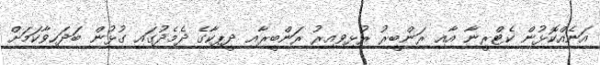
އަނެއްކޮޅުން ކެޓްރީނާ އާއި ރަންބީރު ރުޅިވިއިރު ރަންބީރާއި ދީޕިކާގެ ދެމެދުގައި ގުޅުން ބަދަހިވާކަމަށް